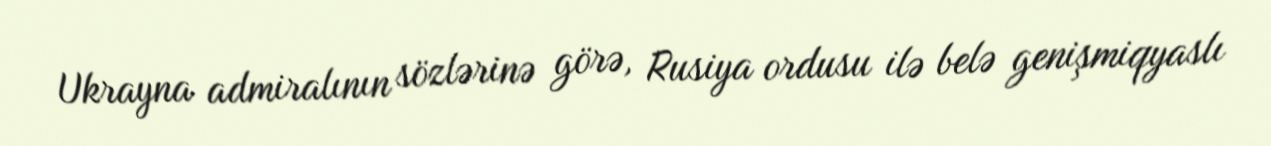
Ukrayna admiralının sözlərinə görə, Rusiya ordusu ilə belə genişmiqyaslı